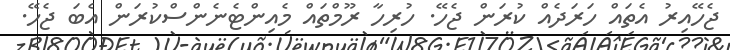
ޖެހޭއިރު އެތައް ހަރަދެއް ކުރަން ޖެހޭ. ހުރިހާ ރޫމްތައް މެއިންޓެނެންސްކުރަން އެބަ ޖެހޭ.